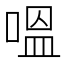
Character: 嗢